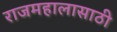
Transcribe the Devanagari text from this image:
राजमहालासाठी